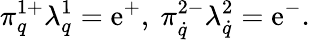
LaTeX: \pi_{q}^{1+}\lambda_{q}^{1}=\mathrm{e}^{+},\ \pi_{\dot{{q}}}^{2-}\lambda_{\dot{{q}}}^{2}=\mathrm{e}^{-}.